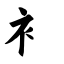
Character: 衤